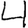
Digit: 4